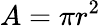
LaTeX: A=\pi r^{2}